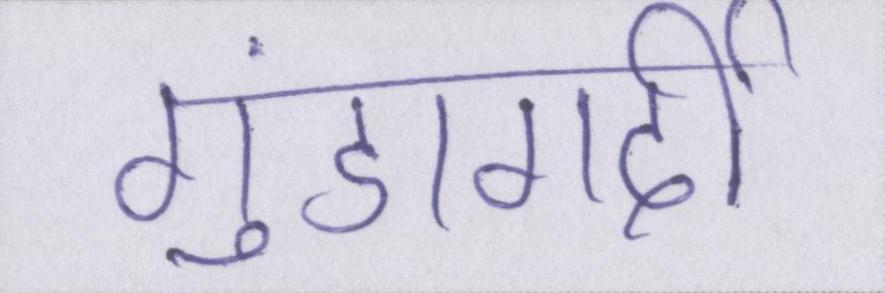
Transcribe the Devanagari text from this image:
गुंडागर्दी